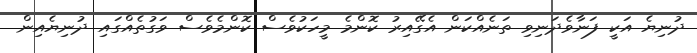
ދުނިޔެ އަކީ ފަނާވެދަނިވި ތަނެއްކަން އެގޭއިރު ކޮންމެ މީހަކުވެސް ކޮންމެވެސް ވަގުތެއްގައި ދުނިޔެއިން